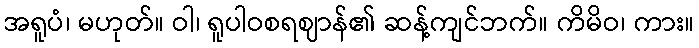
အရူပံ၊ မဟုတ်။ ဝါ၊ ရူပါဝစရဈာန်၏ ဆန့်ကျင်ဘက်။ ကိမိဝ၊ ကား။